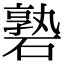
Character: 䃞